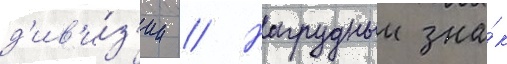
д'ив'и́з'ии // Нагрудныи зна́к